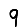
Digit: 9